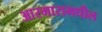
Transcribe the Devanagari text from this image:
आरमारामधील